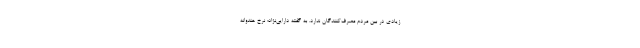
زیادی در بین مردم مصرف‌کنندگان ندارد. به گفته دارایی‌نژاد؛ نرخ هندوانه